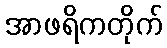
အာဖရိကတိုက်